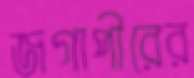
জগাপীরের